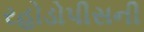
રહોડોપીસની